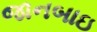
જાનબાઇ